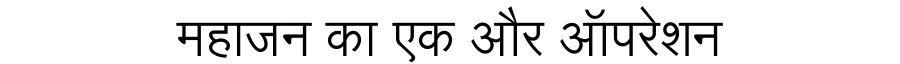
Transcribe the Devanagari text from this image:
महाजन का एक और ऑपरेशन